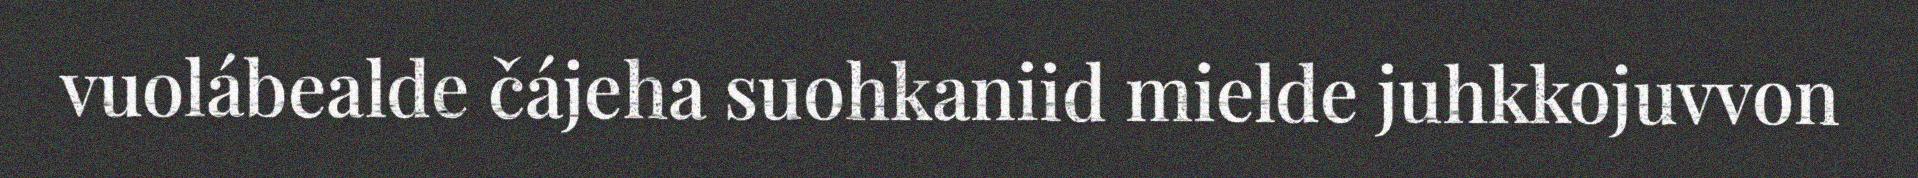
vuolábealde čájeha suohkaniid mielde juhkkojuvvon